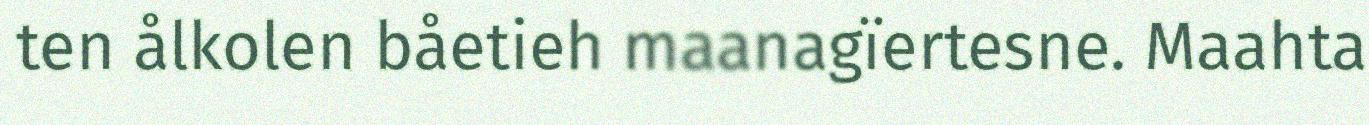
ten ålkolen båetieh maanagïertesne. Maahta